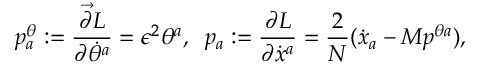
p _ { a } ^ { \theta } : = \frac { \overrightarrow { \partial } L } { \partial { \dot { \theta } ^ { a } } } = \epsilon ^ { 2 } \theta ^ { a } , \; \; p _ { a } : = \frac { \partial L } { \partial \dot { x } ^ { a } } = \frac { 2 } { N } ( \dot { x } _ { a } - M p ^ { \theta a } ) ,